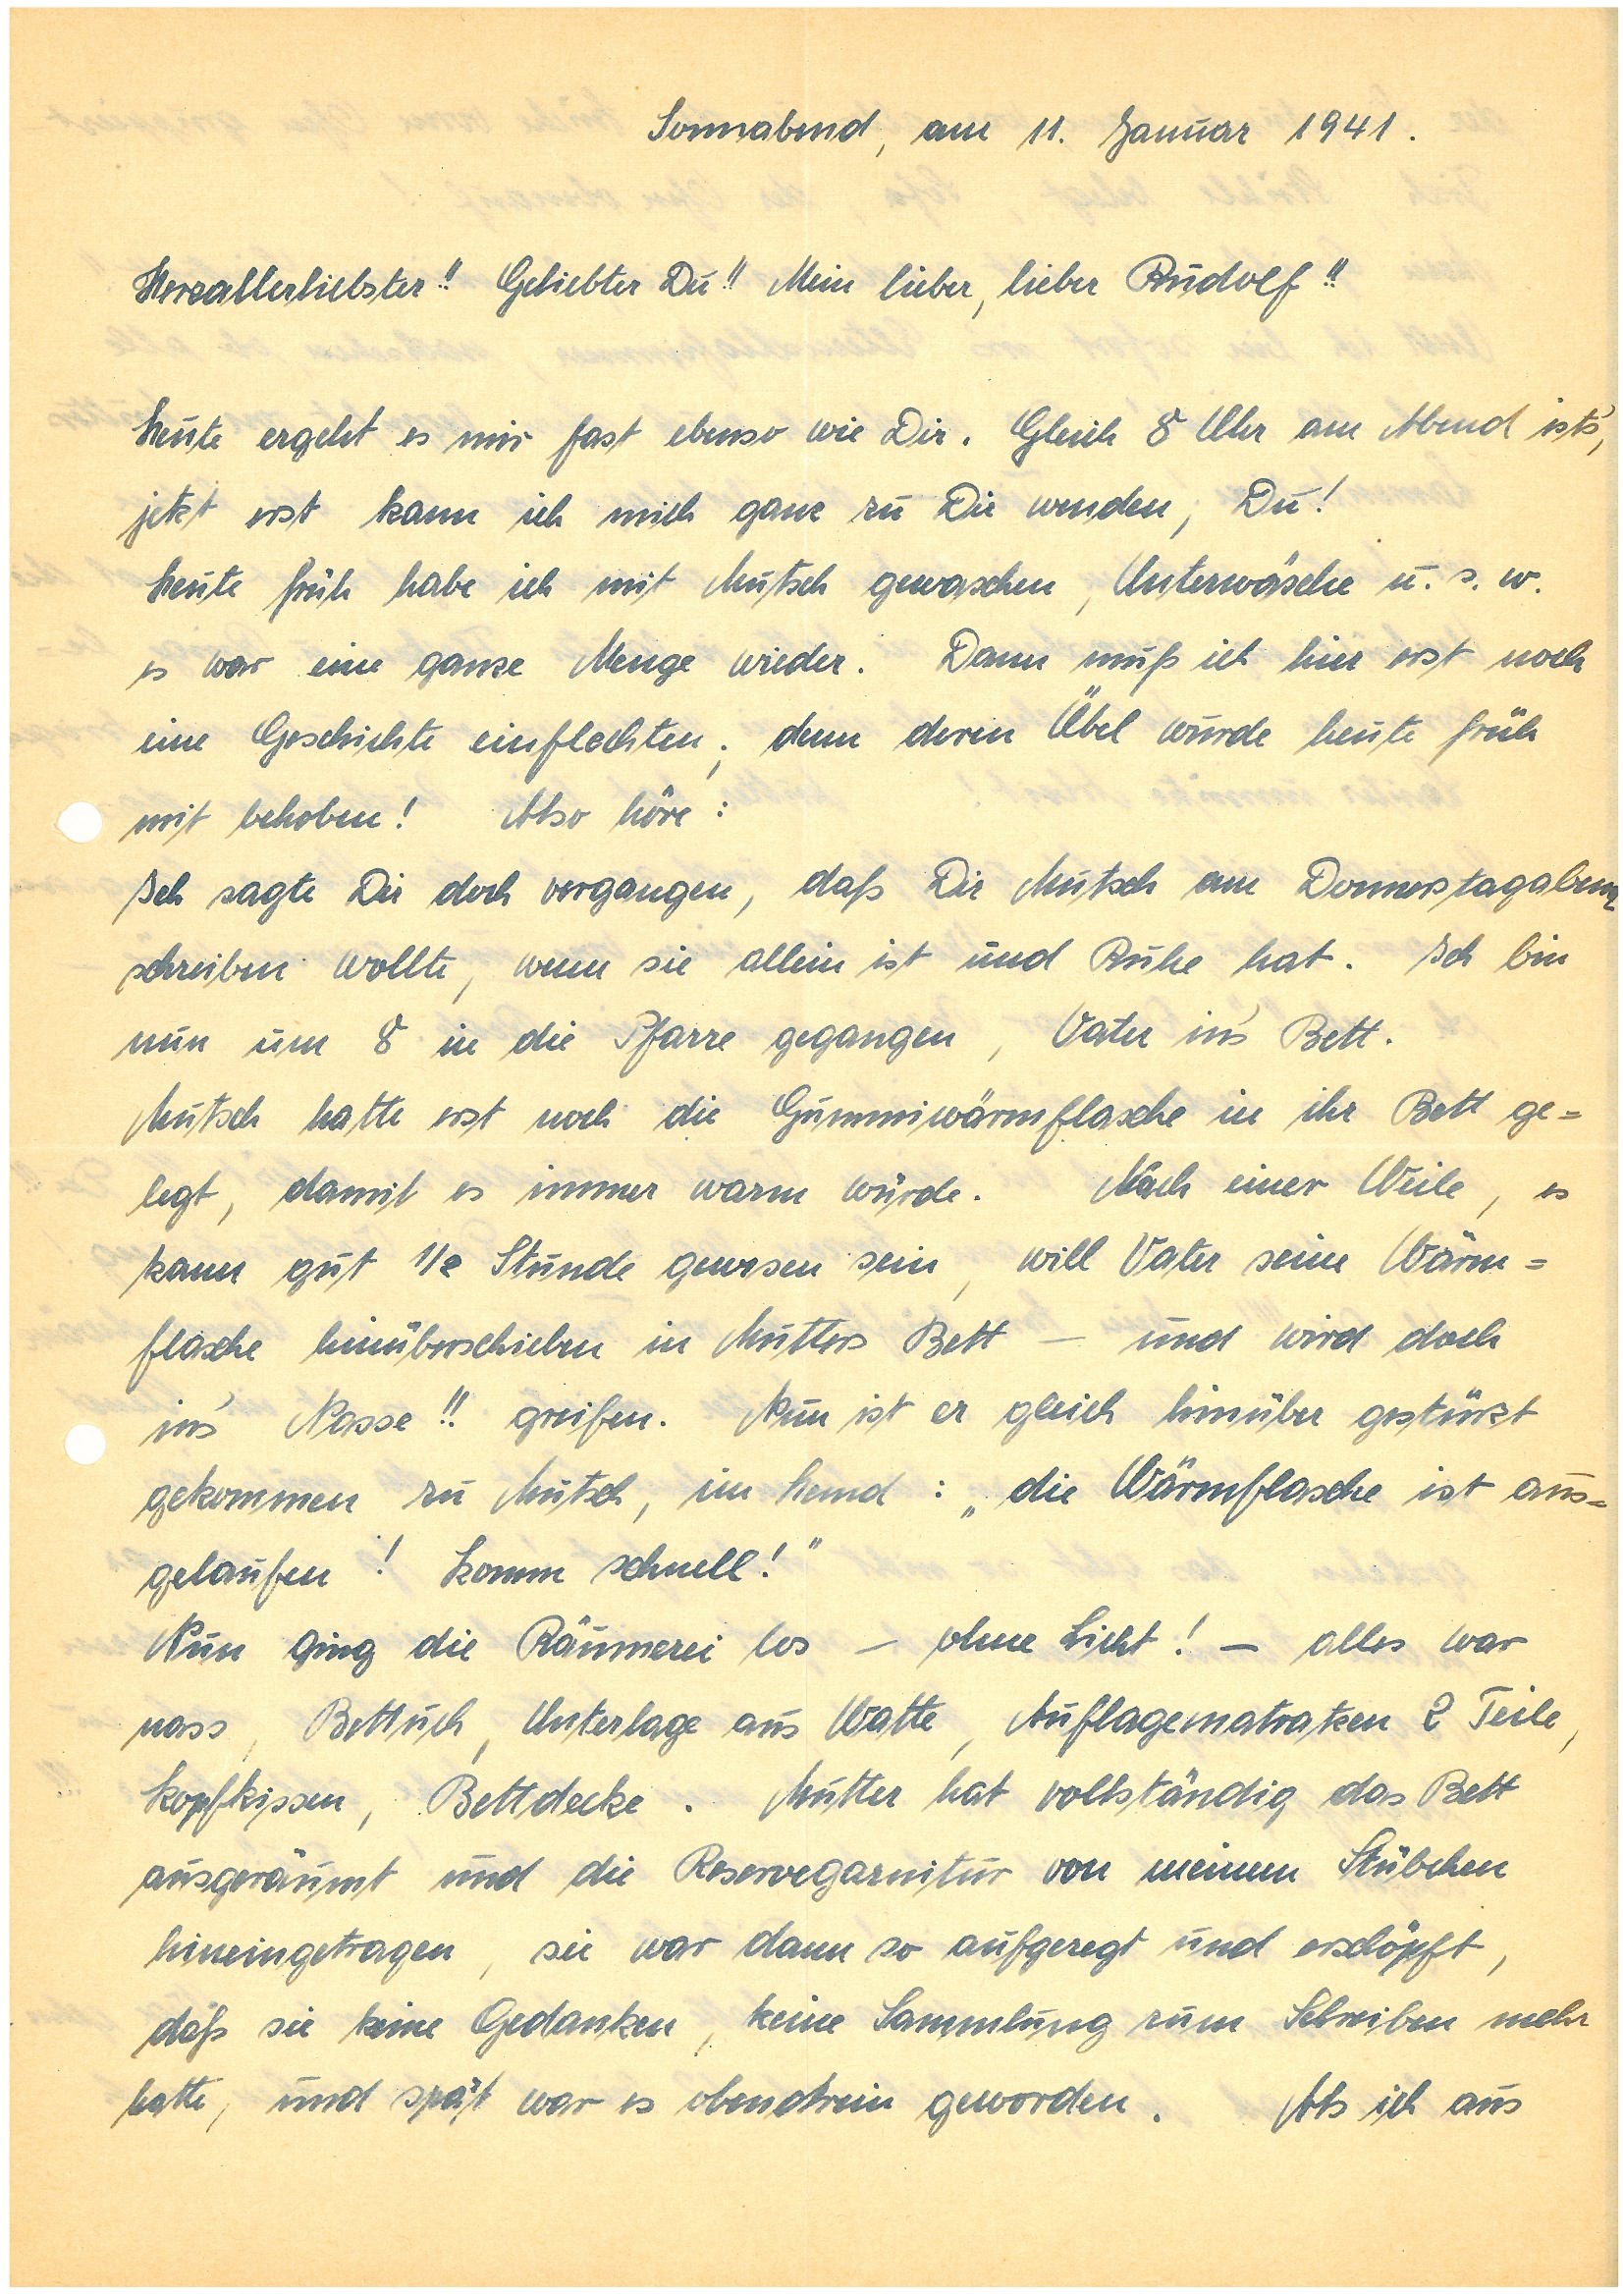
Sonnabend, am 11. Januar 1941
Herzallerliebster!! Geliebter Du!! Mein lieber, lieber!!
Heute ergeht es mir fast ebenso wie Dir. Gleich 8 Uhr am Abend ist’s,
jetzt erst kann ich mich ganz zu Dir wenden, Du!
Heute früh habe ich mit Mutsch gewaschen, Unterwäsche u.s.w.
es war eine ganze Menge wieder. Dann muß ich hier erst noch
eine Geschichte einflechten; denn deren Übel wurde heute früh
mit behoben! Also höre:
Ich sagte Dir doch vergangen, daß Dir Mutsch am Donnerstagabend
schreiben wollte, wenn sie allein ist und Ruhe hat. Ich bin
nun um 8 in die Pfarre gegangen, Vater in’s Bett.
Mutsch hatte erst noch die Gummiwärmflasche in ihr Bett ge¬
legt, damit es immer warm würde. Nach einer Weile, es
kann gut 1/2 Stunde gewesen sein, will Vater seine Wärm¬
flasche hinüberschieben in Mutters Bett – und wird doch
in’s Nasse!! greifen. Nun ist er gleich hinüber gestürzt
gekommen zu Mutsch, im Hemd: „die Wärmflasche ist aus¬
gelaufen! Komm schnell!“
Nun ging die Räumerei los – ohne Licht! – Alles war
naß, Bettuch, Unterlage aus Watte, Auflagematratzen 2 Teile,
Kopfkissen, Bettdecke. Mutter hat vollständig das Bett
ausgeräumt und die Reservegarnitur von meinem Stübchen
hineingetragen, sie war dann so aufgeregt und erschöpft,
daß sie keine Gedanken, keine Sammlung zum Schreiben mehr
hatte, und spät war es obendrein geworden. Als ich aus